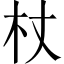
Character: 杖